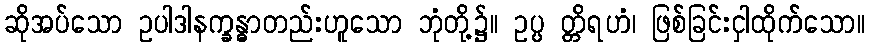
ဆိုအပ်သော ဥပါဒါနက္ခန္ဓာတည်းဟူသော ဘုံတို့၌။ ဥပ္ပ တ္တိရဟံ၊ ဖြစ်ခြင်းငှါထိုက်သော။